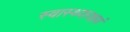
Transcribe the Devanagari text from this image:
स्वास्थ्यरक्षणं